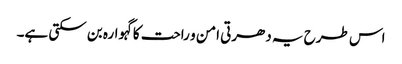
اس طرح یہ دھرتی امن و راحت کا گہوارہ بن سکتی ہے۔